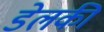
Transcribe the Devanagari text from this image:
डेलकी